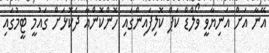
އޭނާ އަށް އަނިޔާވީ ވޯލްޑް ކަޕް ކޮލިފައިންގައި ހޮންކޮންއާ ދެކޮޅަށް ގައުމީ ޓީމުގައި